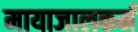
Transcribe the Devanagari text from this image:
मायाजालकर्म